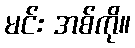
မင်း အစ်ကို။